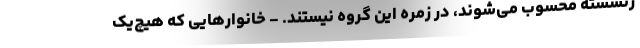
زنشسته محسوب می‌شوند، در زمره این گروه نیستند. - خانوارهایی که هیچ‌یک